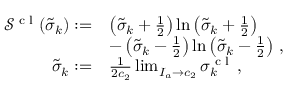
\begin{array} { r l } { \mathcal { S } ^ { \textrm { c l } } ( \tilde { \sigma } _ { k } ) : = } & { \left( \tilde { \sigma } _ { k } + \frac { 1 } { 2 } \right) \ln \left( \tilde { \sigma } _ { k } + \frac { 1 } { 2 } \right) } \\ & { - \left( \tilde { \sigma } _ { k } - \frac { 1 } { 2 } \right) \ln \left( \tilde { \sigma } _ { k } - \frac { 1 } { 2 } \right) \, , } \\ { \tilde { \sigma } _ { k } : = } & { \frac { 1 } { 2 c _ { 2 } } \operatorname* { l i m } _ { I _ { a } \to c _ { 2 } } \sigma _ { k } ^ { \textrm { c l } } \, , } \end{array}